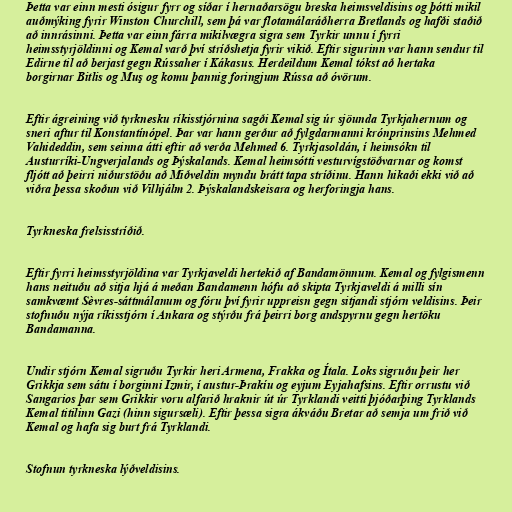
Þetta var einn mesti ósigur fyrr og síðar í hernaðarsögu breska heimsveldisins og þótti mikil
auðmýking fyrir Winston Churchill, sem þá var flotamálaráðherra Bretlands og hafði staðið
að innrásinni. Þetta var einn fárra mikilvægra sigra sem Tyrkir unnu í fyrri
heimsstyrjöldinni og Kemal varð því stríðshetja fyrir vikið. Eftir sigurinn var hann sendur til
Edirne til að berjast gegn Rússaher í Kákasus. Herdeildum Kemal tókst að hertaka
borgirnar Bitlis og Muş og komu þannig foringjum Rússa að óvörum.

Eftir ágreining við tyrknesku ríkisstjórnina sagði Kemal sig úr sjöunda Tyrkjahernum og
sneri aftur til Konstantínópel. Þar var hann gerður að fylgdarmanni krónprinsins Mehmed
Vahideddin, sem seinna átti eftir að verða Mehmed 6. Tyrkjasoldán, í heimsókn til
Austurríki-Ungverjalands og Þýskalands. Kemal heimsótti vesturvígstöðvarnar og komst
fljótt að þeirri niðurstöðu að Miðveldin myndu brátt tapa stríðinu. Hann hikaði ekki við að
viðra þessa skoðun við Vilhjálm 2. Þýskalandskeisara og herforingja hans.

Tyrkneska frelsisstríðið.

Eftir fyrri heimsstyrjöldina var Tyrkjaveldi hertekið af Bandamönnum. Kemal og fylgismenn
hans neituðu að sitja hjá á meðan Bandamenn hófu að skipta Tyrkjaveldi á milli sín
samkvæmt Sèvres-sáttmálanum og fóru því fyrir uppreisn gegn sitjandi stjórn veldisins. Þeir
stofnuðu nýja ríkisstjórn í Ankara og stýrðu frá þeirri borg andspyrnu gegn hertöku
Bandamanna.

Undir stjórn Kemal sigruðu Tyrkir heri Armena, Frakka og Ítala. Loks sigruðu þeir her
Grikkja sem sátu í borginni Izmir, í austur-Þrakíu og eyjum Eyjahafsins. Eftir orrustu við
Sangarios þar sem Grikkir voru alfarið hraknir út úr Tyrklandi veitti þjóðarþing Tyrklands
Kemal titilinn Gazi (hinn sigursæli). Eftir þessa sigra ákváðu Bretar að semja um frið við
Kemal og hafa sig burt frá Tyrklandi.

Stofnun tyrkneska lýðveldisins.